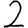
Digit: 2